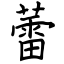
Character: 蕾